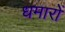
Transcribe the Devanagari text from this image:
धमारों